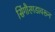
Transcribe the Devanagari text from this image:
सिंगौरगडावरून